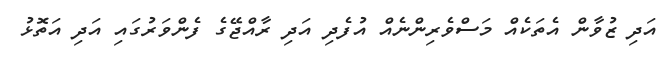
އަދި ޒުވާން އެތަކެއް މަސްވެރިންނެއް އުފެދި އަދި ރާއްޖޭގެ ފެންވަރުގައި އަދި އަތޮޅު